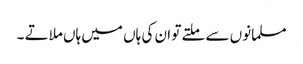
مسلمانوں سے ملتے تو ان کی ہاں میں ہاں ملاتے ۔